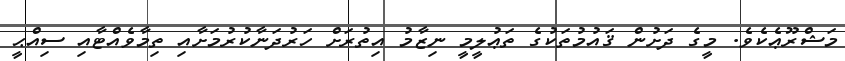
މަޝްރޫޢެކެވެ. މީގެ ދަށުން ޤައުމުތަކުގެ ތަޢުލީމީ ނިޒާމު އިތުރަށް ހަރުދަނާކުރުމަށާއި ތިމާވެއްޓާއި ސިއްޙީ